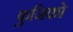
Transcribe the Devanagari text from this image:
फुजिको